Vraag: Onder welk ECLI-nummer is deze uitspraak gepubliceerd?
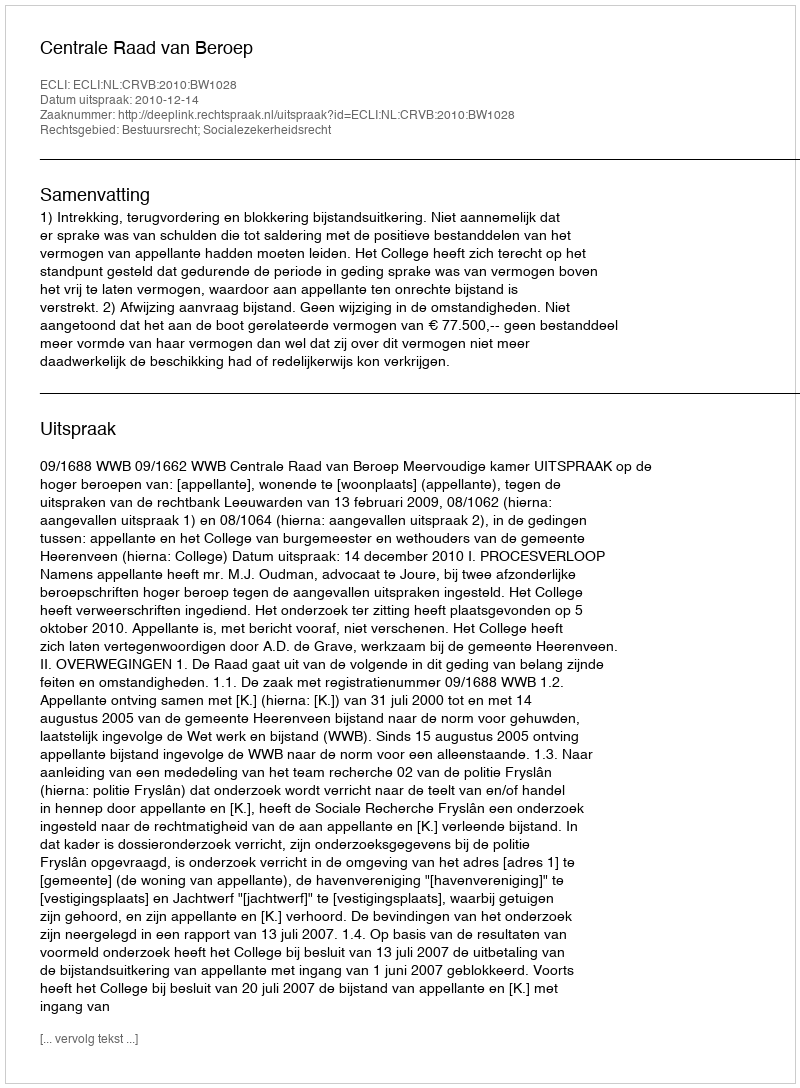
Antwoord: ECLI:NL:CRVB:2010:BW1028